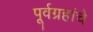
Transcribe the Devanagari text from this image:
पूर्वग्रहांचे